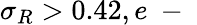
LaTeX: \sigma_{R}>0.42,e\mathrm{~-~}